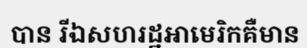
បាន រីឯសហរដ្ឋអាមេរិកគឺមាន